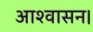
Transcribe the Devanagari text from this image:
आश्‍वासन।